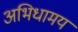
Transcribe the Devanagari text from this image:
अभिधामय